Vaccination in Bombay 1869-1873 - 1869-1873
Year: 1869
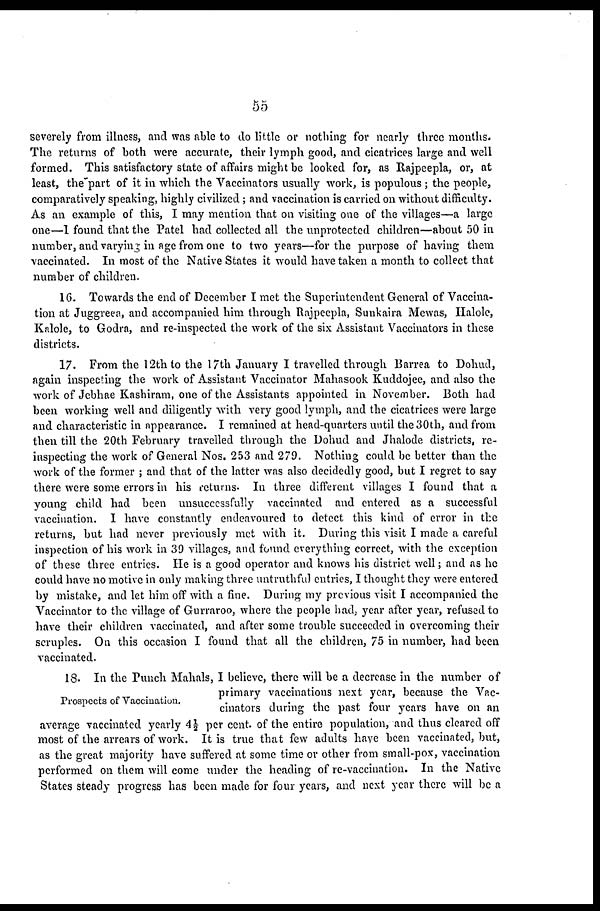
55
severely from illness, and was able to do little or nothing for nearly three months.
The returns of both were accurate, their lymph good, and cicatrices large and well
formed. This satisfactory state of affairs might be looked for, as Rajpeepla, or, at
least, the part of it in which the Vaccinators usually work, is populous ; the people,
comparatively speaking, highly civilized; and vaccination is carried on without difficulty.
As an example of this, I may mention that on visiting one of the villages—a large
one—1 found that the Patel had collected all the unprotected children—about 50 in
number, and varying in age from one to two years—for the purpose of having them
vaccinated. In most of the Native States it would have taken a month to collect that
number of children.
16. Towards the end of December I met the Superintendent General of Vaccina-
tion at Juggreea, and accompanied him through Rajpeepla, Sunkaira Mewas, Halole,
Kalole, to Godra, and re-inspected the work of the six Assistant Vaccinators in these
districts.
17. From the 12 th to the 17 th January I travelled through Barrea to Dohud,
again inspecting the work of Assistant Vaccinator Mahasook Kuddojee, and also the
work of Jebhae Kashiram, one of the Assistants appointed in November. Both had
been working well and diligently with very good lymph, and the cicatrices were large
and characteristic in appearance. I remained at head-quarters until the 30th, and from
then till the 20th February travelled through the Dohud and Jhalode districts, re-
inspecting the work of General Nos. 253 and 279. Nothing could be better than the
work of the former ; and that of the latter was also decidedly good, but I regret to say
there were some errors in his returns. In three different villages I found that a
young child had been unsuccessfully vaccinated and entered as a successful
vaccination. I have constantly endeavoured to detect this kind of error in the
returns, but had never previously met with it. During this visit I made a careful
inspection of his work in 39 villages, and found everything correct, with the exception
of these three entries. He is a good operator and knows his district well; and as he
could have no motive in only making three untruthful entries, I thought they were entered
by mistake, and let him off with a fine. During my previous visit I accompanied the
Vaccinator to the village of Gurraroo, where the people had. year after year, refused to
have their children vaccinated, and after some trouble succeeded in overcoming their
scruples. On this occasion I found that all the children, 75 in number, had been
vaccinated.
Prospects of Vaccination.
18. In the Punch Mahals, I believe, there will be a decrease in the number of
primary vaccinations next year, because the Vac-
cinators during the past four years have on an
average vaccinated yearly 4½ per cent. of the entire population, and thus cleared off
most of the arrears of work. It is true that few adults have been vaccinated, but,
as the great majority have suffered at some time or other from small-pox, vaccination
performed on them will come under the heading of re-vaccination. In the Native
States steady progress has been made for four years, and next year there will be a